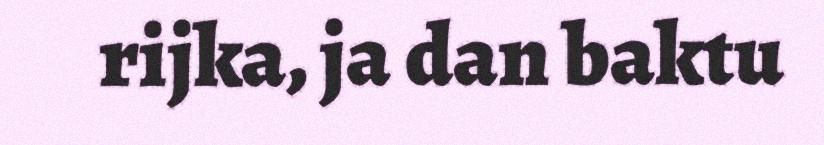
rijka, ja dan baktu